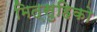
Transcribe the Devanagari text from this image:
मित्सुहिको